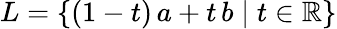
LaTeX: L=\{ (1-t)\, a+t\, b\mid t\in\mathbb{R}\}